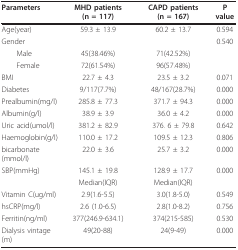
| Parameters | MHD patients (n = 117) | CAPD patients (n = 167) | P value |
 | --- | --- | --- | --- |
 | Age(year) | 59.3 ± 13.9 | 60.2 ± 13.7 | 0.594 |
 | Gender |  |  | 0.540 |
 | Male | 45(38.46%) | 71(42.52%) |  |
 | Female | 72(61.54%) | 96(57.48%) |  |
 | BMI | 22.7 ± 4.3 | 23.5 ± 3.2 | 0.071 |
 | Diabetes | 9/117(7.7%) | 48/167(28.7%) | 0.000 |
 | Prealbumin(mg/l) | 285.8 ± 77.3 | 371.7 ± 94.3 | 0.000 |
 | Albumin(g/l) | 38.9 ± 3.9 | 36.0 ± 4.2 | 0.000 |
 | Uric acid(umol/l) | 381.2 ± 82.9 | 376. 6 ± 79.8 | 0.642 |
 | Haemoglobin(g/l) | 110.0 ± 17.2 | 109.5 ± 12.3 | 0.806 |
 | bicarbonate (mmol/l) | 22.0 ± 3.6 | 25.7 ± 3.2 | 0.000 |
 | SBP(mmHg) | 145.1 ± 19.8 | 128.9 ± 17.7 | 0.000 |
 |  | Median(IQR) | Median(IQR) |  |
 | Vitamin C(ug/ml) | 2.9(1.6-5.5) | 3.0(1.8-5.0) | 0.549 |
 | hsCRP(mg/l) | 2.6 (1.0-6.5) | 2.8(1.0-8.2) | 0.756 |
 | Ferritin(ng/ml) | 377(246.9-634.1) | 374(215-585) | 0.530 |
 | Dialysis vintage(m) | 49(20-88) | 24(9-49) | 0.000 |